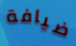
ضيافة